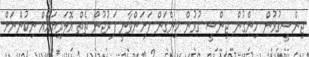
ޖިންސީގުޅުން ހިންގުން ޖިންސީ ގުޅުން ހިންގަން ފަށަންވާނީ ފަރުޖުން ތެތް އޮލަދިޔައެއް ނިކުންނަށް